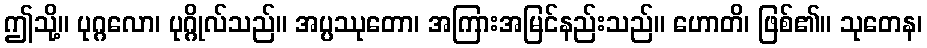
ဤသို့။ ပုဂ္ဂလော၊ ပုဂ္ဂိုလ်သည်။ အပ္ပဿုတော၊ အကြားအမြင်နည်းသည်။ ဟောတိ၊ ဖြစ်၏။ သုတေန၊